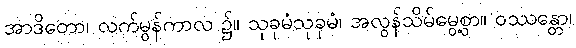
အာဒိတော၊ လက်မွန်ကာလ ၌။ သုခုမံသုခုမံ၊ အလွန်သိမ်မွေ့စွာ။ ဝဿန္တော၊